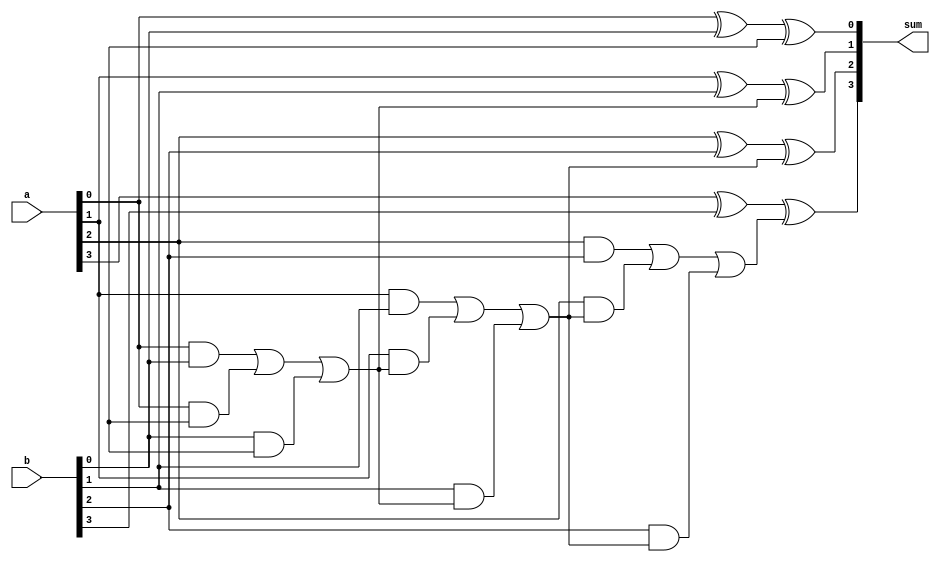
module four_bit_adder(input [3:0] a, b,
                      output reg [3:0] sum);

reg [3:0] carry;
reg [3:0] temp_sum;

// First Full Adder
always @(a, b, carry[0])
begin
    temp_sum[0] = a[0] ^ b[0] ^ carry[0];
    carry[1] = (a[0] & b[0]) | (a[0] & carry[0]) | (b[0] & carry[0]);
end

// Second Full Adder
always @(a, b, carry[1])
begin
    temp_sum[1] = a[1] ^ b[1] ^ carry[1];
    carry[2] = (a[1] & b[1]) | (a[1] & carry[1]) | (b[1] & carry[1]);
end

// Third Full Adder
always @(a, b, carry[2])
begin
    temp_sum[2] = a[2] ^ b[2] ^ carry[2];
    carry[3] = (a[2] & b[2]) | (a[2] & carry[2]) | (b[2] & carry[2]);
end

// Fourth Full Adder
always @(a, b, carry[3])
begin
    temp_sum[3] = a[3] ^ b[3] ^ carry[3];
end

assign sum = temp_sum;

endmodule